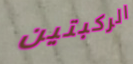
الركبتين